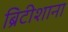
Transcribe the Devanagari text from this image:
ब्रिटीशाना